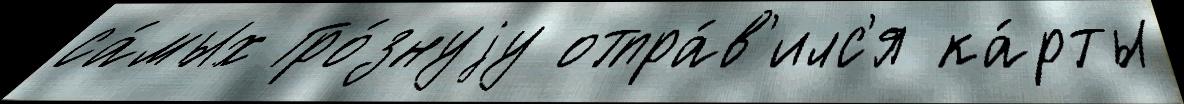
са́мых Гро́знуjу отпра́в'илс'я ка́рты